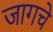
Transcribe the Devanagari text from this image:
जागचे